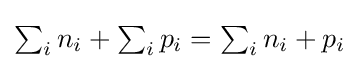
{\textstyle \sum _{i}n_{i}+\sum _{i}p_{i}=\sum _{i}n_{i}+p_{i}}